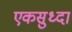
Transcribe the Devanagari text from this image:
एकसुध्दा